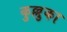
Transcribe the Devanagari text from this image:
कुल्लुका